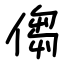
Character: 㑳